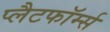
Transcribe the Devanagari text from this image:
प्लैटफॉर्म्स